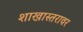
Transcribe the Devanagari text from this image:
शाखास्तरावर